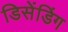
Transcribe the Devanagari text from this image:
डिसेंडिंग